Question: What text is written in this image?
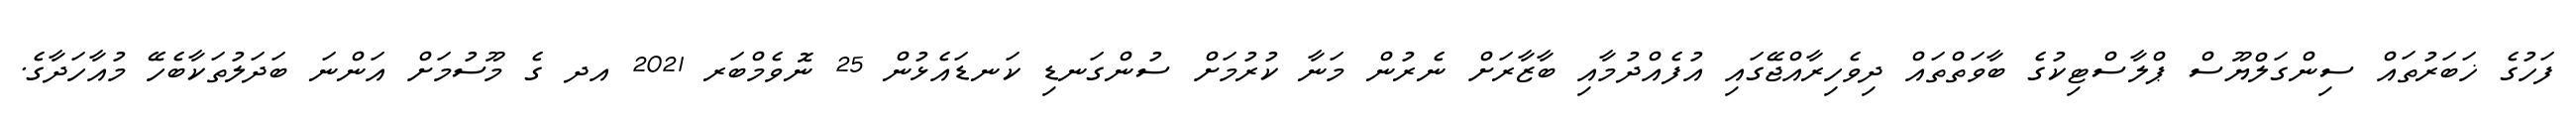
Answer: ފަހުގެ ޚަބަރުތައް ސިންގަލްޔޫސް ޕްލާސްޓިކުގެ ބާވަތްތައް ދިވެހިރާއްޖޭގައި އުފެއްދުމާއި ބާޒާރަށް ނެރުން މަނާ ކުރުމަށް ސުންގަނޑި ކަނޑައެޅުން 25 ނޮވެމްބަރ 2021 އދ ގެ މޫސުމަށް އަންނަ ބަދަލުތަކާބެހޭ މުއާހަދާގެ.